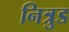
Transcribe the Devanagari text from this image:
नित्रुड